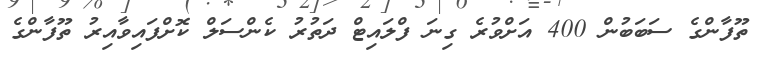
ތޫފާންގެ ސަބަބުން 400 އަށްވުރެ ގިނަ ފްލައިޓް ދަތުރު ކެންސަލް ކޮށްފައިވާއިރު ތޫފާންގެ